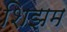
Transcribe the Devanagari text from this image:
शिझम